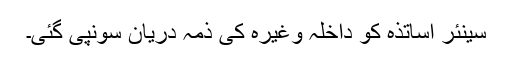
سینئر اساتذہ کو داخلہ وغیرہ کی ذمہ دریان سونپی گئی۔